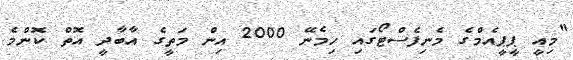
"މިއީ ޕީޕީއެމްގެ މެނިފެސްޓޯގައި ހިމެނޭ 2000 އިން މަތީގެ އާބާދީ އޮތް ކޮންމެ